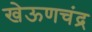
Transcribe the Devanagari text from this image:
खेऊणचंद्र